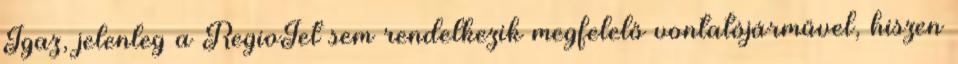
Igaz, jelenleg a RegioJet sem rendelkezik megfelelő vontatójárművel, hiszen